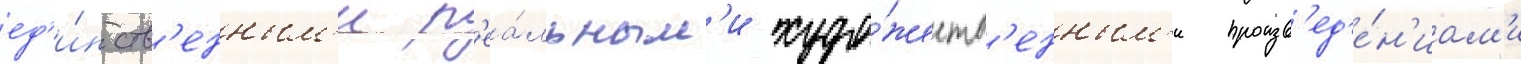
ед'и́нств'енным'и р'еа́льным'и худо́жеств'енным'и произв'ед'е́н'иам'и